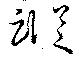
蹤